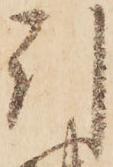
引